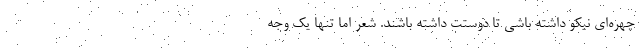
چهره‌ای نیکو داشته باشی تا دوستت داشته باشند. شعر اما تنها یک وجه